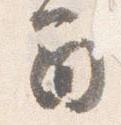
間